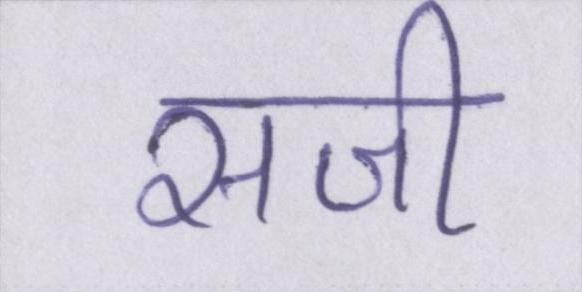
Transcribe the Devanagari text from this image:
सजी